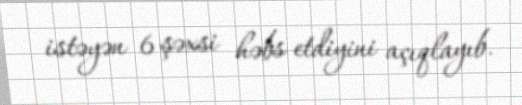
istəyən 6 şəxsi həbs etdiyini açıqlayıb.